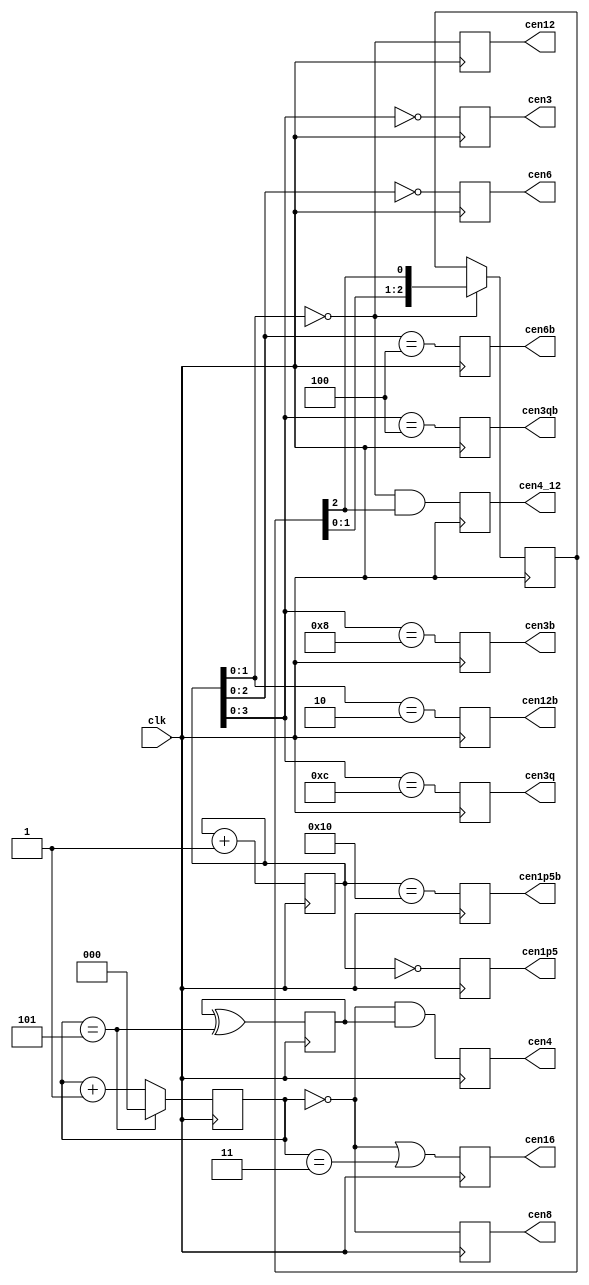
/*  This file is part of JTFRAME.
    JTFRAME program is free software: you can redistribute it and/or modify
    it under the terms of the GNU General Public License as published by
    the Free Software Foundation, either version 3 of the License, or
    (at your option) any later version.

    JTFRAME program is distributed in the hope that it will be useful,
    but WITHOUT ANY WARRANTY; without even the implied warranty of
    MERCHANTABILITY or FITNESS FOR A PARTICULAR PURPOSE.  See the
    GNU General Public License for more details.

    You should have received a copy of the GNU General Public License
    along with JTFRAME.  If not, see <http://www.gnu.org/licenses/>.

    Author: Jose Tejada Gomez. Twitter: @topapate
    Version: 1.0
    Date: 6-12-2019 */

// Input clock must be 48 MHz
// Generates various clock enable signals

module jtframe_cen48(
    input   clk,    // 48 MHz
    output  reg cen12,
    output  reg cen16,
    output  reg cen8,
    output  reg cen6,
    output  reg cen4,
    output  reg cen4_12, // cen4 based on cen12
    output  reg cen3,
    output  reg cen3q, // 1/4 advanced with respect to cen3
    output  reg cen1p5,
    // 180 shifted signals
    output  reg cen12b,
    output  reg cen6b,
    output  reg cen3b,
    output  reg cen3qb,
    output  reg cen1p5b
);

reg [4:0] cencnt=5'd0;
reg [2:0] cencnt6=3'd0;
reg       cencnt12=1'd0;
reg [2:0] cencnt4_12=3'd1;

always @(posedge clk) begin
    cencnt  <= cencnt+5'd1;
    cencnt6 <= cencnt6==3'd5 ? 3'd0 : (cencnt6+3'd1);
    cencnt12<= cencnt12 ^^ (cencnt6==3'd5);
end

always @(posedge clk) begin
    cen12  <= cencnt[1:0] == 2'd0;
    cen12b <= cencnt[1:0] == 2'd2;
    if(cencnt[1:0]==2'b0) cencnt4_12 <= { cencnt4_12[1:0], cencnt4_12[2]};
    cen4_12 <= cencnt[1:0]==2'd0 && cencnt4_12[2];
    cen16  <= cencnt6 == 3'd0 || cencnt6 == 3'd3;
    cen8   <= cencnt6     == 3'd0;
    cen4   <= cencnt6     == 3'd0 && cencnt12;
    cen6   <= cencnt[2:0] == 3'd0;
    cen6b  <= cencnt[2:0] == 3'd4;
    cen3   <= cencnt[3:0] == 4'd0;
    cen3b  <= cencnt[3:0] == 4'h8;
    cen3q  <= cencnt[3:0] == 4'b1100;
    cen3qb <= cencnt[3:0] == 4'b0100;
    cen1p5 <= cencnt[4:0] == 5'd0;
    cen1p5b<= cencnt[4:0] == 5'h10;
end
endmodule

////////////////////////////////////////////////////////////////////
// Generates a 3.57 MHz clock enable signal for a 48MHz clock
// Result: 105/1408 = 3,579,545.5 MHz, off by 0.5Hz (0.14ppm) :-)

module jtframe_cen3p57(
    input      clk,       // 48 MHz
    output reg cen_3p57,
    output reg cen_1p78
);

parameter CLK24=0;

localparam [10:0] STEP=11'd105<<CLK24;
localparam [10:0] LIM    = 11'd1408;

wire [10:0] absmax = LIM+STEP;

reg  [10:0] cencnt=11'd0;
reg  [10:0] next;
reg  [10:0] next2;

always @(*) begin
    next  = cencnt+STEP;
    next2 = next-LIM;
end

reg alt=1'b0;

always @(posedge clk) begin
    cen_3p57 <= 1'b0;
    cen_1p78 <= 1'b0;
    if( cencnt >= absmax ) begin
        // something went wrong: restart
        cencnt <= 11'd0;
        alt    <= 1'b0;
    end else
    if( next >= LIM ) begin
        cencnt <= next2;
        cen_3p57 <= 1'b1;
        alt    <= ~alt;
        if( alt ) cen_1p78 <= 1'b1;
    end else begin
        cencnt <= next;
    end
end
endmodule

////////////////////////////////////////////////////////////////////
// 384kHz clock enable
module jtframe_cenp384(
    input      clk,       // 48 MHz
    output reg cen_p384
);

parameter CLK24=0;
localparam [6:0] STEP=7'd1<<CLK24;

reg  [6:0] cencnt=7'd0;

always @(posedge clk) begin
    cen_p384 <= 1'b0;
    cencnt <= cencnt+STEP;
    if( cencnt >= 7'd124 ) begin
        cencnt   <= 7'd0;
        cen_p384 <= 1'b1;
    end
end
endmodule

////////////////////////////////////////////////////////////////////
// 10MHz clock enable
module jtframe_cen10(
    input   clk,    // 48MHz only
    output  reg cen10,
    // 180 shifted signals
    output  reg cen10b
);

reg [2:0] cencnt=3'd0;
reg [2:0] muxcnt=3'd0;
reg [2:0] next=3'd4, nextb=3'd2;

always @(*) begin
    next = muxcnt[2] ? 3'd3 : 3'd4;
    nextb= muxcnt[2] ? 3'd1 : 3'd2;
end

always @(posedge clk) begin
    cencnt <= cencnt+3'd1;
    cen10  <= cencnt == next;
    cen10b <= cencnt == nextb;
    if( cencnt==next ) begin
        cencnt <= 3'd0;
        muxcnt <= muxcnt[2] ? 3'd1 : muxcnt + 3'b1;
    end
end
endmodule